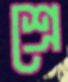
শ্রে